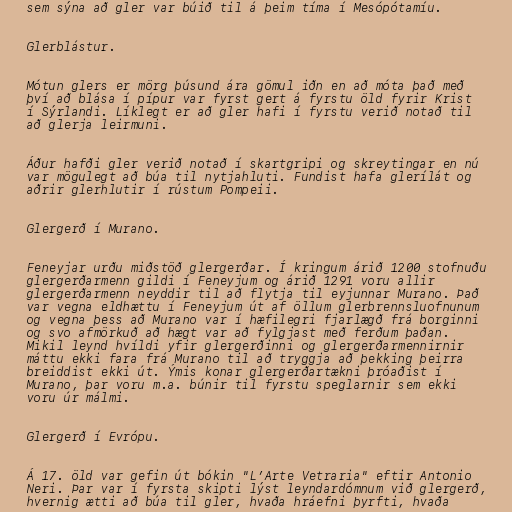
sem sýna að gler var búið til á þeim tíma í Mesópótamíu.

Glerblástur.

Mótun glers er mörg þúsund ára gömul iðn en að móta það með
því að blása í pípur var fyrst gert á fyrstu öld fyrir Krist
í Sýrlandi. Líklegt er að gler hafi í fyrstu verið notað til
að glerja leirmuni.

Áður hafði gler verið notað í skartgripi og skreytingar en nú
var mögulegt að búa til nytjahluti. Fundist hafa glerílát og
aðrir glerhlutir í rústum Pompeii.

Glergerð í Murano.

Feneyjar urðu miðstöð glergerðar. Í kringum árið 1200 stofnuðu
glergerðarmenn gildi í Feneyjum og árið 1291 voru allir
glergerðarmenn neyddir til að flytja til eyjunnar Murano. Það
var vegna eldhættu í Feneyjum út af öllum glerbrennsluofnunum
og vegna þess að Murano var í hæfilegri fjarlægð frá borginni
og svo afmörkuð að hægt var að fylgjast með ferðum þaðan.
Mikil leynd hvíldi yfir glergerðinni og glergerðarmennirnir
máttu ekki fara frá Murano til að tryggja að þekking þeirra
breiddist ekki út. Ýmis konar glergerðartækni þróaðist í
Murano, þar voru m.a. búnir til fyrstu speglarnir sem ekki
voru úr málmi.

Glergerð í Evrópu.

Á 17. öld var gefin út bókin "L’Arte Vetraria" eftir Antonio
Neri. Þar var í fyrsta skipti lýst leyndardómnum við glergerð,
hvernig ætti að búa til gler, hvaða hráefni þyrfti, hvaða